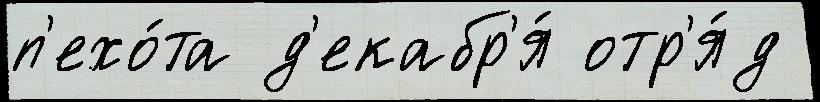
п'ехо́та д'екабр'я́ отр'я́д